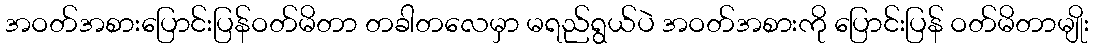
အဝတ်အစားပြောင်းပြန်ဝတ်မိတာ တခါတလေမှာ မရည်ရွယ်ပဲ အဝတ်အစားကို ပြောင်းပြန် ဝတ်မိတာမျိုး